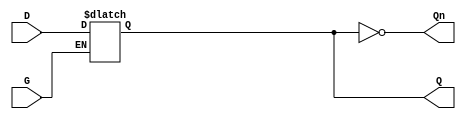
module dual_input_gated_latch (
    input wire D,    // Data input
    input wire G,    // Gate input
    output reg Q,    // Output
    output wire Qn   // Complement output
);

// Complement output is the inverse of Q
assign Qn = ~Q;

// Always block that models the behavior of the gated latch
always @(*) begin
    if (G) begin
        Q = D; // Capture the value of D when G is high
    end
    // When G is low, Q retains its previous state (no assignment here)
end

endmodule